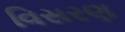
વિસરણ